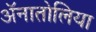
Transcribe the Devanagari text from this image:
ॲनातोलिया